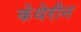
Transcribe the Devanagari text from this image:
केथेरीन